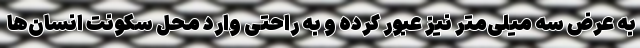
به عرض سه میلی‌متر نیز عبور کرده و به راحتی وارد محل سکونت انسان‌ها